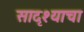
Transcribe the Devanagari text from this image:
सादृश्याचा